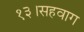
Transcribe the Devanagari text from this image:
१३।सहवाग